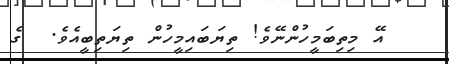
އޭ މިތިބަމީހުންނޭވެ! ތިޔަބައިމީހުން ތިޔަތިބީއެވެ.  ގެ